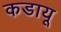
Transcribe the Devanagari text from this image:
कडायू